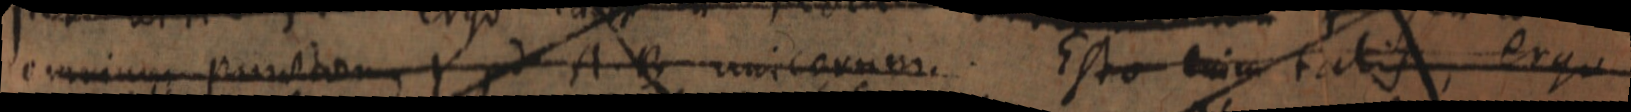
omnium punctum Y ad A B unicarum. Esto enim tatis ergo